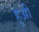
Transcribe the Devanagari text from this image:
हुअी